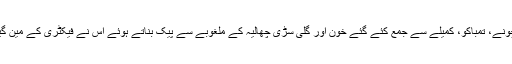
منہ میں اس کتھے، چونے، تمباکو، کمیلے سے جمع کئے گئے خون اور گلی سڑی چھالیہ کے ملغوبے سے پیک بناتے ہوئے اس نے فیکٹری کے مین گیٹ کی جانب رخ کیا۔